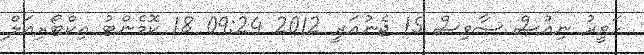
ހަވީރު ނިއުސް ސާވިސް 15 ޖެނުއަރީ 2012 09:24 18 ކޮމެންޓު އިކްޓޯރިއަލް